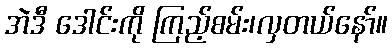
အဲဒီ ဒေါင်းကို ကြည့်စမ်း၊လှတယ်နော်။